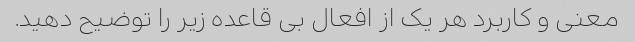
معنی و کاربرد هر یک از افعال بی قاعده زیر را توضیح دهید.